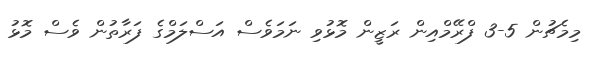
މިމެޗުން 5-3 ފްރޭމްއިން ރަޒީން މޮޅުވި ނަމަވެސް އަސްލަމްގެ ފަރާތުން ވެސް މޮޅު